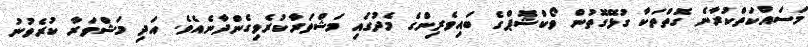
މަސައްކަތްކުރާނެ ގޮތްތަކާ ގުޅޭގޮތުން ވޯކްޝޮޕްގެ ބައިވެރިންގެ މެދުގައި މަޝްވަރާކުރެވިގެންދާނެއެވެ. އަދި މަޝްވަރާ ކުރެވުނު